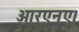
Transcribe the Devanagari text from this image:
आरएनए।